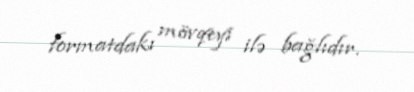
formatdakı mövqeyi ilə bağlıdır.